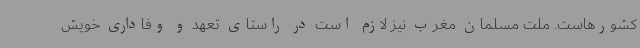
کشورهاست. ملت مسلمان مغرب نیز لازم است در راستای تعهد و وفاداری خویش